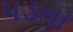
૫ડતા